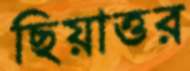
ছিয়াত্তর